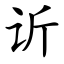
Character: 䜣